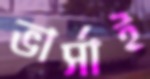
ভার্সাই